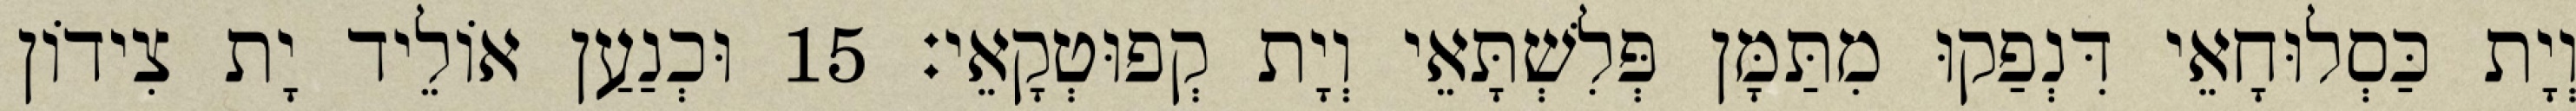
וְיָת כַּסְלוּחָאֵי דִּנְפַקוּ מִתַּמָּן פְּלִשְׁתָּאֵי וְיָת קְפוּטְקָאֵי׃ 15 וּכְנַעַן אוֹלֵיד יָת צִידוֹן